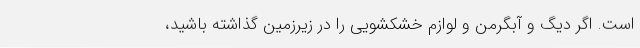
است. اگر دیگ و آبگرمن و لوازم خشکشویی را در زیرزمین گذاشته باشید،